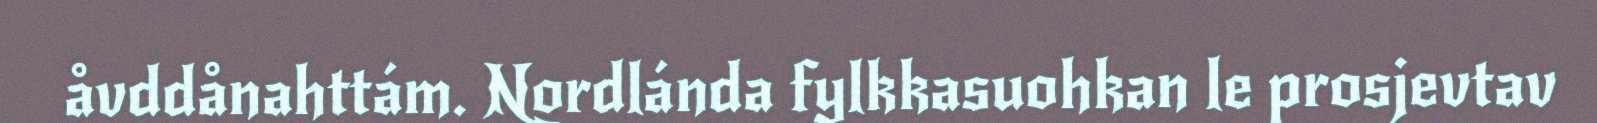
åvddånahttám. Nordlánda fylkkasuohkan le prosjevtav